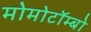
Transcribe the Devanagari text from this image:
मोमोटॉम्बो